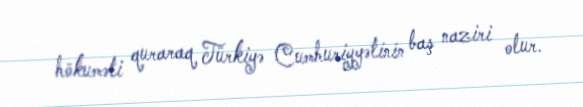
hökuməti quraraq Türkiyə Cumhuriyyətinin baş naziri olur.